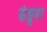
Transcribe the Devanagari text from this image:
कंझुमर